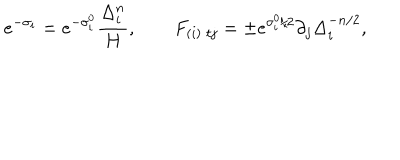
e ^ { - \sigma _ { i } } = e ^ { - \sigma _ { i } ^ { 0 } } \frac { \Delta _ { i } ^ { n } } { H } , \qquad { } F _ { ( i ) \; t j } = \pm e ^ { \sigma _ { i } ^ { 0 } / 2 } \partial _ { j } { \Delta _ { i } ^ { - n / 2 } } ,